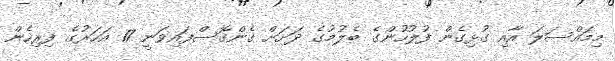
މިމައްސަލަ އާއި ގުޅިގެން ފުލުހުންގެ ބެލުމުގެ ދަށަށް ގެންގޮސްފައިވަނީ 17 އަހަރުގެ ފިރިހެން